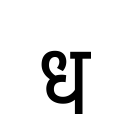
OCR:
ध